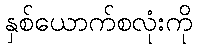
နှစ်ယောက်စလုံးကို